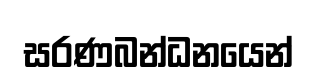
සරණබන්ධනයෙන්